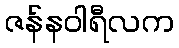
ဇန်နဝါရီလက